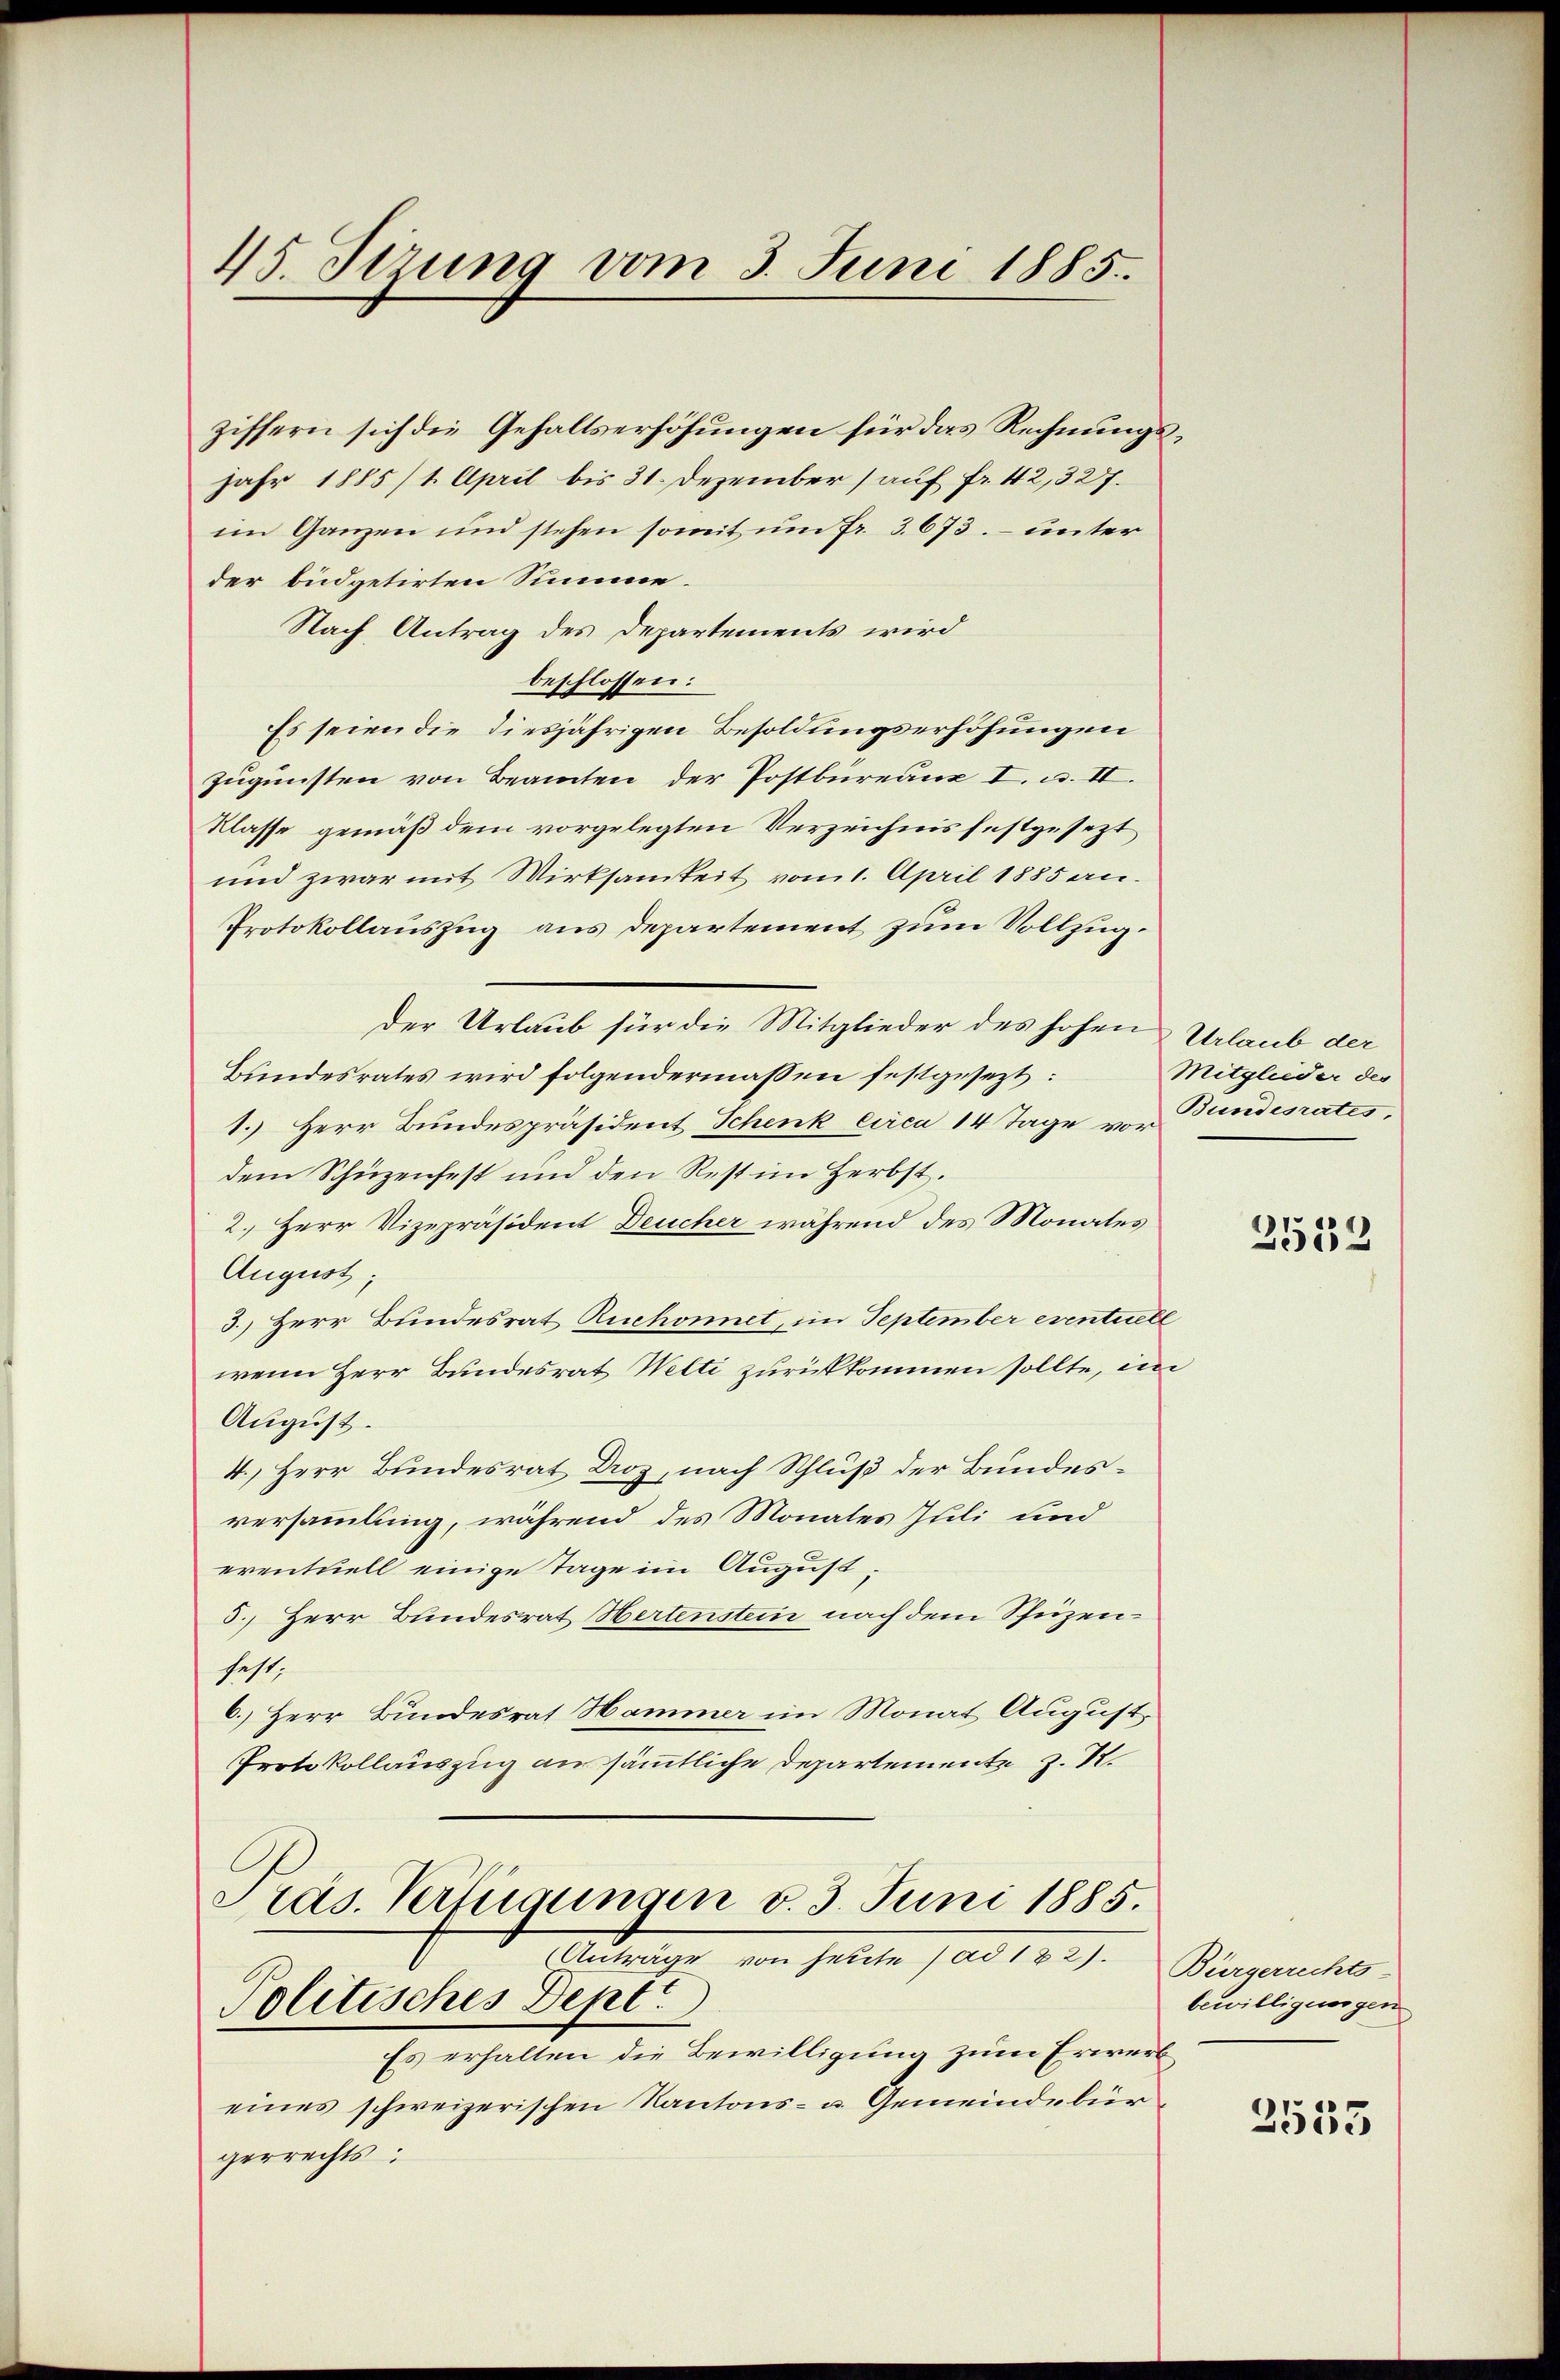
45. Serung vom 3. Juni 1885.

ziffern sich die Gehaltserhöhungen für das Rechnungs¬
Jahr 1885/1. April bis 31. Dezember (auf fr. 42, 327.
im Ganzen und stehen somit um fr. 3. 673. unter
der büdgetirten Summe.
Nach Antrag des Departements wird
beschlossen:
Es seien die diesjährigen Besoldungserhöhungen
zugunsten von Beamten der Postbureaux I. u. II.
Klasse gemäß dem vorgelegten Verzeichnis festgesezt
und zwar mit Wirksamkeit vom 1. April 1885 an.
Protokollauszug aus Departement zum Vollzug.
der Urlaub für die Mitglieder des hohen Urlaub der
Bundesrates wird folgendermassen festgesezt:
1.) Herr Bundespräsident Schenk circa 14 Tage von Bundesrates,
dem Schüzenfest und den Rest im Herbst.
2.) Herr Vizepräsident Deucher während des Monates
August;
3.) Herr Bundesrat Ruchonnet, im September eventuell
wenn Herr Bundesrat Welti zurückkommen sollte, im
August.
4.) Herr Bundesrat Droz, nach Schluß der Bundesversammlung, während des Monates Juli und
eventuell einige Tage im August,
5.) Herr Bundesrat Hertenstein nach dem Schüzenfest,
6.) Herr Bundesrat Hammer im Monat August,
Protokollauszug an sämmtliche Departement z. R.
Präs. Verfügungen v. 3. Juni 1885.

Anträge von heute / ad 122). Bürgerrechts-
Politisches Dept.

Es erhalten die Bewilligung zum Erwerb
eines schweizerischen Kantons- u. Gemeindebürgerrechts

Mitglieder des

2532

bewilligungen

2535